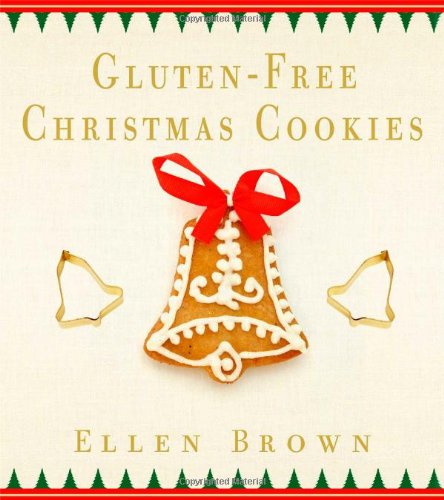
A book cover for Gluten-Free Christmas Cookies; Ellen Brown; Cookbooks, Food & Wine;